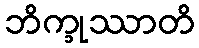
ဘိက္ခုဿာတိ